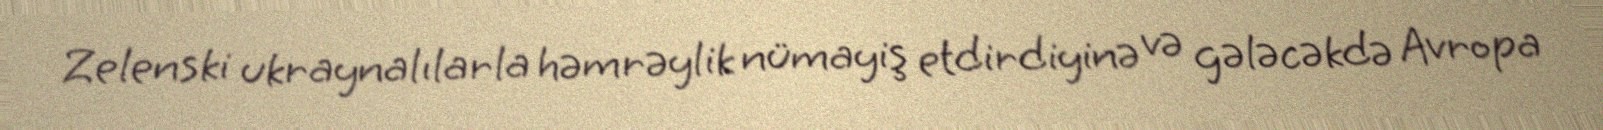
Zelenski ukraynalılarla həmrəylik nümayiş etdirdiyinə və gələcəkdə Avropa